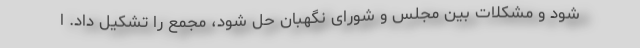
شود و مشکلات بین مجلس و شورای نگهبان حل شود، مجمع را تشکیل داد. ا